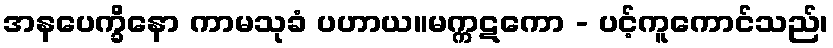
အနပေက္ခိနော ကာမသုခံ ပဟာယ။မက္ကဋကော - ပင့်ကူကောင်သည်၊